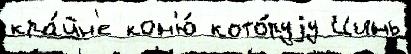
кра́йн'е кон'ю́ кото́руjу Цинь